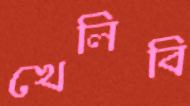
খেলিবি